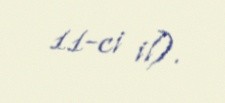
11-ci il).